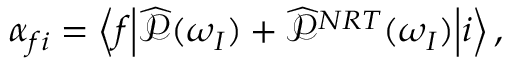
\alpha _ { f i } = \left< f \middle | \widehat { \mathcal { P } } ( \omega _ { I } ) + \widehat { \mathcal { P } } ^ { N R T } ( \omega _ { I } ) \middle | i \right> ,